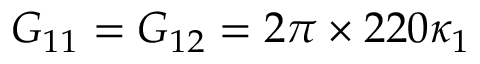
G _ { 1 1 } = G _ { 1 2 } = 2 \pi \times 2 2 0 \kappa _ { 1 }